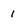
Character: 1